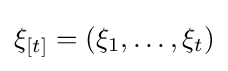
\xi _{[t]}=(\xi _{1},\dots ,\xi _{t})